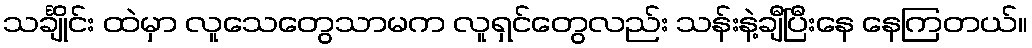
သင်္ချိုင်း ထဲမှာ လူသေတွေသာမက လူရှင်တွေလည်း သန်းနဲ့ချီပြီးနေ နေကြတယ်။